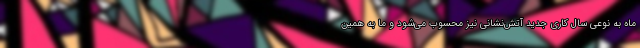
ماه به نوعی سال کاری جدید آتش‌نشانی نیز محسوب می‌شود و ما به همین